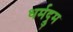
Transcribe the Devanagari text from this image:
धर्मद्रुम